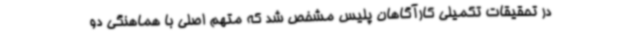
در تحقیقات تکمیلی کارآگاهان پلیس مشخص شد که متهم اصلی با هماهنگی دو